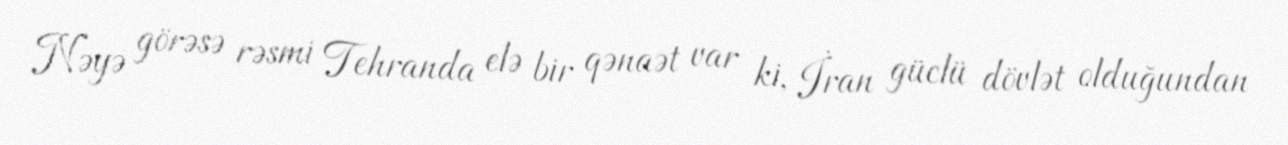
Nəyə görəsə rəsmi Tehranda elə bir qənaət var ki, İran güclü dövlət olduğundan